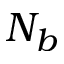
N _ { b }